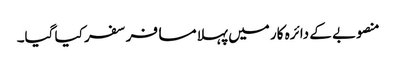
منصوبے کے دائرہ کار میں پہلا مسافر سفر کیا گیا۔